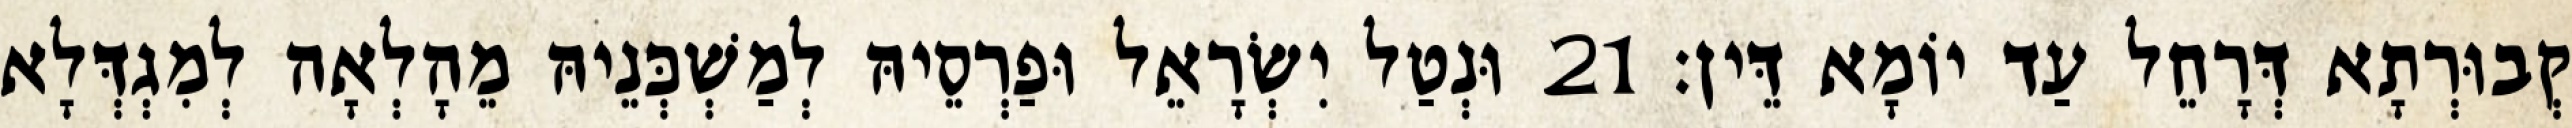
קְבוּרְתָא דְּרָחֵל עַד יוֹמָא דֵּין׃ 21 וּנְטַל יִשְׂרָאֵל וּפַרְסֵיהּ לְמַשְׁכְּנֵיהּ מֵהָלְאָה לְמִגְדְּלָא